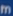
m